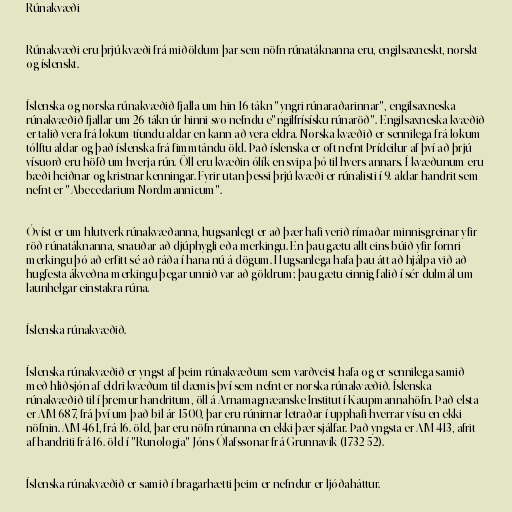
Rúnakvæði

Rúnakvæði eru þrjú kvæði frá miðöldum þar sem nöfn rúnatáknanna eru, engilsaxneskt, norskt
og íslenskt.

Íslenska og norska rúnakvæðið fjalla um hin 16 tákn "yngri rúnaraðarinnar", engilsaxneska
rúnakvæðið fjallar um 26 tákn úr hinni svo nefndu e"ngilfrísísku rúnaröð". Engilsaxneska kvæðið
er talið vera frá lokum tíundu aldar en kann að vera eldra. Norska kvæðið er sennilega frá lokum
tólftu aldar og það íslenska frá fimmtándu öld. Það íslenska er oft nefnt Þrídeilur af því að þrjú
vísuorð eru höfð um hverja rún. Öll eru kvæðin ólík en svipa þó til hvers annars. Í kvæðunum eru
bæði heiðnar og kristnar kenningar. Fyrir utan þessi þrjú kvæði er rúnalisti í 9. aldar handrit sem
nefnt er "Abecedarium Nordmannicum".

Óvíst er um hlutverk rúnakvæðanna, hugsanlegt er að þær hafi verið rímaðar minnisgreinar yfir
röð rúnatáknanna, snauðar að djúphygli eða merkingu. En þau gætu allt eins búið yfir fornri
merkingu þó að erfitt sé að ráða í hana nú á dögum. Hugsanlega hafa þau átt að hjálpa við að
hugfesta ákveðna merkingu þegar unnið var að göldrum; þau gætu einnig falið í sér dulmál um
launhelgar einstakra rúna.

Íslenska rúnakvæðið.

Íslenska rúnakvæðið er yngst af þeim rúnakvæðum sem varðveist hafa og er sennilega samið
með hliðsjón af eldri kvæðum til dæmis því sem nefnt er norska rúnakvæðið. Íslenska
rúnakvæðið til í þremur handritum, öll á Arnamagnæanske Institut í Kaupmannahöfn. Það elsta
er AM 687, frá því um það bil ár 1500, þar eru rúnirnar letraðar í upphafi hverrar vísu en ekki
nöfnin. AM 461, frá 16. öld, þar eru nöfn rúnanna en ekki þær sjálfar. Það yngsta er AM 413, afrit
af handriti frá 16. öld í "Runologia" Jóns Ólafssonar frá Grunnavík (1732-52).

Íslenska rúnakvæðið er samið í bragarhætti þeim er nefndur er ljóðaháttur.